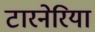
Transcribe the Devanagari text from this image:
टारनेरिया